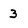
Character: 3